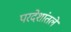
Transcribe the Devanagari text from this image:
परदेशांतले